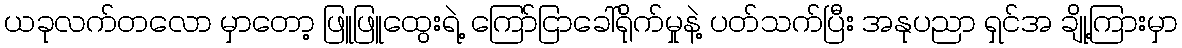
ယခုလက်တလော မှာတော့ ဖြူဖြူထွေးရဲ့ ကြော်ငြာခေါ်ရိုက်မှုနဲ့ ပတ်သက်ပြီး အနုပညာ ရှင်အ ချို့ကြားမှာ